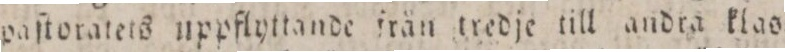
paſtoratets uppflyttande från tredje till andra klas=